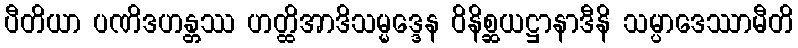
ပီတိယာ ပဏိဒဟန္တဿ ဟတ္ထိအာဒိသမ္မဒ္ဒေန ဝိနိစ္ဆယဋ္ဌာနာဒီနိ သမ္ပာဒေဿာမီတိ